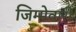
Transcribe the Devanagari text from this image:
जिम्‍मेवारी